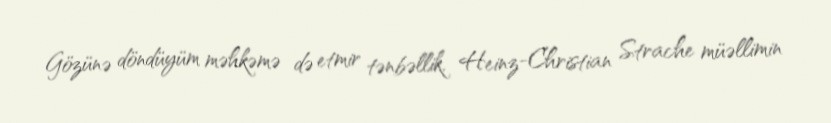
Gözünə döndüyüm məhkəmə də etmir tənbəllik, Heinz-Christian Strache müəllimin